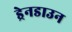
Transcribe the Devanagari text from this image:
ड्रेनडाउन